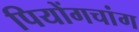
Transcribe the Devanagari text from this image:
पियोंगचांग